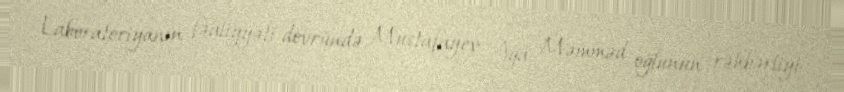
Laboratoriyanın fəaliyyəti dövründə Mustafayev Ağa Məmməd oğlunun rəhbərliyi